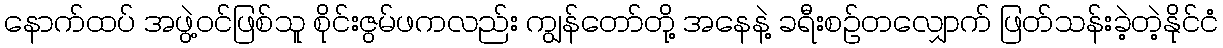
နောက်ထပ် အဖွဲ့ဝင်ဖြစ်သူ စိုင်းဇွမ်ဖကလည်း ကျွန်တော်တို့ အနေနဲ့ ခရီးစဉ်တလျှောက် ဖြတ်သန်းခဲ့တဲ့နိုင်ငံ